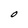
Character: O